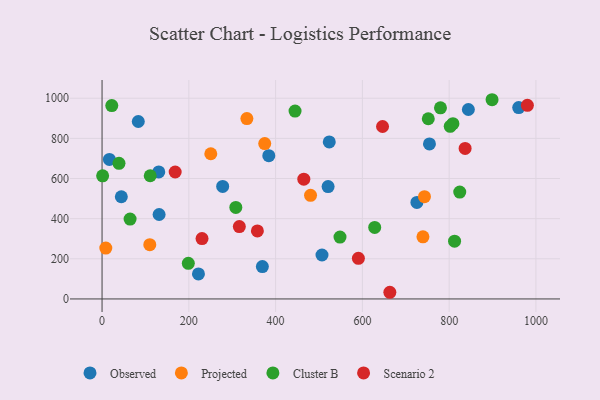
{"axis": {"x": "Study Hours", "y": "Exam Score"}, "legend": ["Cluster B", "Observed", "Projected", "Scenario 2"], "data": [{"x": "960.3", "y": 953.6, "type": "Observed"}, {"x": "523.7", "y": 782.1, "type": "Observed"}, {"x": "83.5", "y": 884.0, "type": "Observed"}, {"x": "521.0", "y": 560.0, "type": "Observed"}, {"x": "725.7", "y": 480.9, "type": "Observed"}, {"x": "278.0", "y": 560.7, "type": "Observed"}, {"x": "130.7", "y": 632.8, "type": "Observed"}, {"x": "384.3", "y": 713.7, "type": "Observed"}, {"x": "369.5", "y": 161.5, "type": "Observed"}, {"x": "754.6", "y": 772.2, "type": "Observed"}, {"x": "844.3", "y": 943.9, "type": "Observed"}, {"x": "16.9", "y": 695.2, "type": "Observed"}, {"x": "222.2", "y": 124.4, "type": "Observed"}, {"x": "44.4", "y": 509.1, "type": "Observed"}, {"x": "506.9", "y": 218.9, "type": "Observed"}, {"x": "131.5", "y": 420.6, "type": "Observed"}, {"x": "8.6", "y": 253.5, "type": "Projected"}, {"x": "739.6", "y": 309.7, "type": "Projected"}, {"x": "110.0", "y": 270.5, "type": "Projected"}, {"x": "743.1", "y": 509.7, "type": "Projected"}, {"x": "250.6", "y": 723.3, "type": "Projected"}, {"x": "480.5", "y": 516.2, "type": "Projected"}, {"x": "374.9", "y": 774.1, "type": "Projected"}, {"x": "333.8", "y": 898.5, "type": "Projected"}, {"x": "444.8", "y": 936.1, "type": "Cluster B"}, {"x": "1.3", "y": 613.3, "type": "Cluster B"}, {"x": "198.8", "y": 177.3, "type": "Cluster B"}, {"x": "548.4", "y": 308.3, "type": "Cluster B"}, {"x": "808.7", "y": 873.3, "type": "Cluster B"}, {"x": "111.0", "y": 613.7, "type": "Cluster B"}, {"x": "824.4", "y": 532.3, "type": "Cluster B"}, {"x": "64.6", "y": 398.1, "type": "Cluster B"}, {"x": "780.0", "y": 952.2, "type": "Cluster B"}, {"x": "898.9", "y": 992.6, "type": "Cluster B"}, {"x": "308.3", "y": 455.9, "type": "Cluster B"}, {"x": "812.5", "y": 287.9, "type": "Cluster B"}, {"x": "22.4", "y": 963.7, "type": "Cluster B"}, {"x": "628.4", "y": 356.5, "type": "Cluster B"}, {"x": "751.9", "y": 897.7, "type": "Cluster B"}, {"x": "802.5", "y": 860.0, "type": "Cluster B"}, {"x": "39.0", "y": 675.6, "type": "Cluster B"}, {"x": "646.5", "y": 859.2, "type": "Scenario 2"}, {"x": "590.8", "y": 202.4, "type": "Scenario 2"}, {"x": "980.3", "y": 964.7, "type": "Scenario 2"}, {"x": "168.5", "y": 632.5, "type": "Scenario 2"}, {"x": "358.0", "y": 339.1, "type": "Scenario 2"}, {"x": "663.3", "y": 33.2, "type": "Scenario 2"}, {"x": "316.4", "y": 360.7, "type": "Scenario 2"}, {"x": "465.0", "y": 596.6, "type": "Scenario 2"}, {"x": "230.4", "y": 300.7, "type": "Scenario 2"}, {"x": "836.8", "y": 750.1, "type": "Scenario 2"}]}